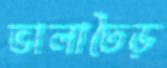
ভালাতৈড়